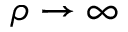
\rho \to \infty